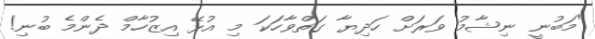
"މަބުނީ ނިޝާމު ވަރަށް ހަދިޔާ ގަތްވާހަކަ މި އުޅޭ އިޒުހާމް ދެންމެ ބުނި!